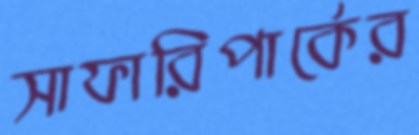
সাফারিপার্কের